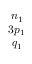
\begin{array} { c } { n _ { 1 } } \\ { 3 p _ { 1 } } \\ { q _ { 1 } } \end{array}